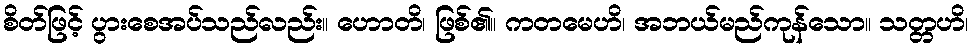
စိတ်ဖြင့် ပွားစေအပ်သည်လည်း။ ဟောတိ၊ ဖြစ်၏။ ကတမေဟိ၊ အဘယ်မည်ကုန်သော။ သတ္တဟိ၊